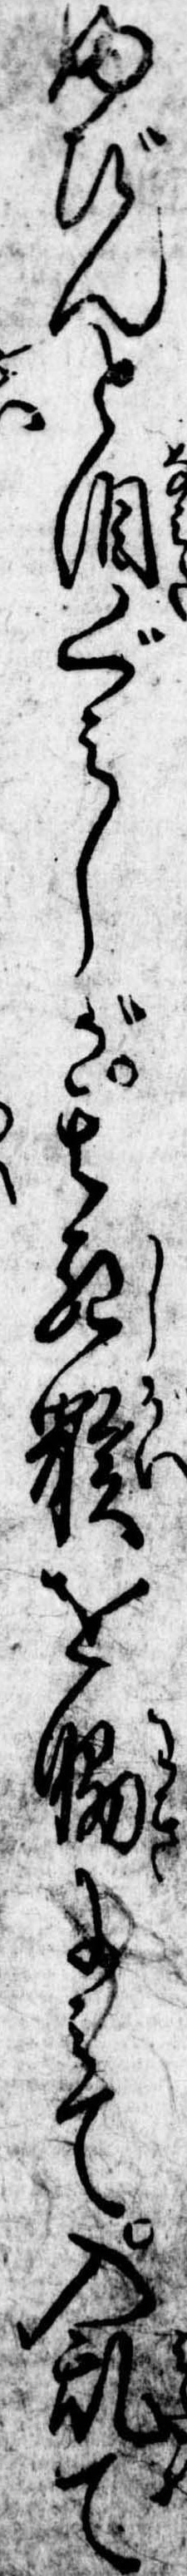
ふびんと涙ぐみしが其死骸を脇にみて入乱て